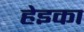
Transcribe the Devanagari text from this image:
हेइका